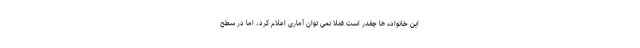
این خانواده ها چقدر است فعلا نمی توان آماری اعلام کرد، اما در سطح